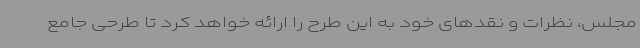
مجلس، نظرات و نقدهای خود به این طرح را ارائه خواهد کرد تا طرحی جامع